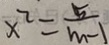
x ^ { 2 } = \frac { 5 } { m - 1 }